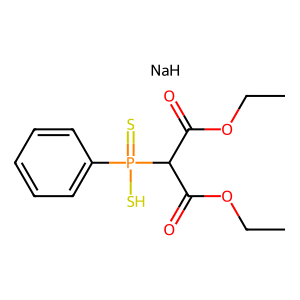
SMILES: CCOC(=O)C(C(=O)OCC)P(=S)(S)c1ccccc1.[NaH]
Inhibits HIV replication: No